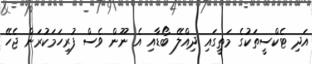
އަދި ޓެކްސީތަކުގެ މަތީގައި ދިއްލޭ ބޯޑާއި އެ ނޫން ވެސް ފުރިހަމަކުރަން ޖެހޭ